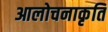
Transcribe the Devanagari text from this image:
आलोचनाकृति